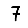
Digit: 7